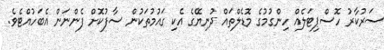
ސަރުކާރު ހޮސްޕިޓަލެއް ހިންގުމުގެ މޮޑެލްތައް ދުނިޔޭގެ އެކި ގައުމުތަކުން ސާފުކޮށް ފެންނަން އެބަހުއްޓެވެ.